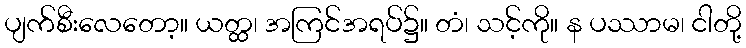
ပျက်စီးလေတော့။ ယတ္ထ၊ အကြင်အရပ်၌။ တံ၊ သင့်ကို။ န ပဿာမ၊ ငါတို့